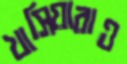
খাসিয়ারাও